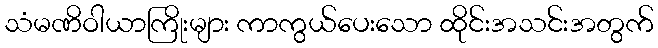
သံမဏိဝါယာကြိုးများ ကာကွယ်ပေးသော ထိုင်းအသင်းအတွက်